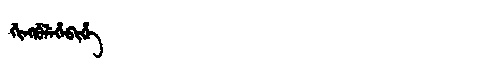
Manchu: ᡤᡳᠩᡤᡠᠯᡝᡥᡝᠪᡳᡥᡝ
Romanization: GINGGULEHEBIHE